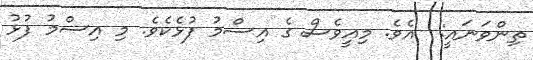
ތިންވަނައީ:  އެވެ. މިއީވެސް ގެ އިސްމު ފުޅެކެވެ. މި އިސްމު ފުޅު